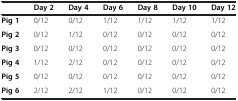
<table><thead><tr><td><b> </b></td><td><b>Day 2</b></td><td><b>Day 4</b></td><td><b>Day 6</b></td><td><b>Day 8</b></td><td><b>Day 10</b></td><td><b>Day 12</b></td></tr></thead><tbody><tr><td><b>Pig 1</b></td><td>0/12</td><td>0/12</td><td>1/12</td><td>1/12</td><td>1/12</td><td>1/12</td></tr><tr><td><b>Pig 2</b></td><td>0/12</td><td>1/12</td><td>0/12</td><td>0/12</td><td>0/12</td><td>0/12</td></tr><tr><td><b>Pig 3</b></td><td>0/12</td><td>0/12</td><td>0/12</td><td>0/12</td><td>0/12</td><td>0/12</td></tr><tr><td><b>Pig 4</b></td><td>1/12</td><td>2/12</td><td>0/12</td><td>0/12</td><td>0/12</td><td>0/12</td></tr><tr><td><b>Pig 5</b></td><td>0/12</td><td>0/12</td><td>0/12</td><td>0/12</td><td>0/12</td><td>0/12</td></tr><tr><td><b>Pig 6</b></td><td>2/12</td><td>2/12</td><td>1/12</td><td>0/12</td><td>0/12</td><td>0/12</td></tr></tbody></table>